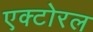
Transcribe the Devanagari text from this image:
एक्टोरल